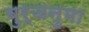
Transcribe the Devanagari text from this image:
बुर्जनुमा